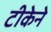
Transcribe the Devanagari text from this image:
टीकेने